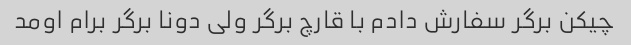
چیکن‌ برگر سفارش دادم با قارچ برگر ولی دونا برگر برام اومد